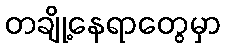
တချို့နေရာတွေမှာ